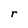
Character: r